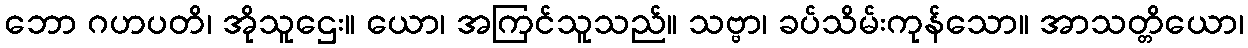
ဘော ဂဟပတိ၊ အိုသူဌေး။ ယော၊ အကြင်သူသည်။ သဗ္ဗာ၊ ခပ်သိမ်းကုန်သော။ အာသတ္တိယော၊